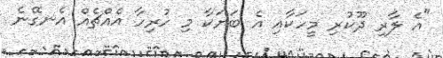
"އެ ލާރި ދޫކުރި މީހަކާއި އެ ބަޔަކާ މި ހުރިހާ އެއްޗެއް އެނގޭނެ